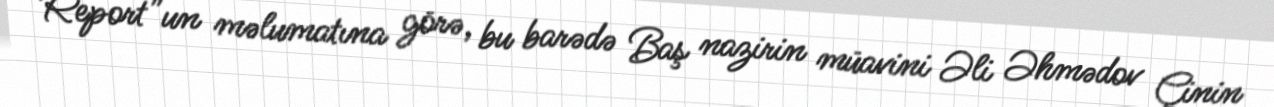
“Report”un məlumatına görə, bu barədə Baş nazirin müavini Əli Əhmədov Çinin